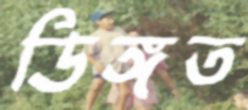
ডিঙ্গত